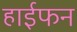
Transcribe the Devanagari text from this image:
हाईफन